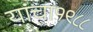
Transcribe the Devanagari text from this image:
यांचा१९८८